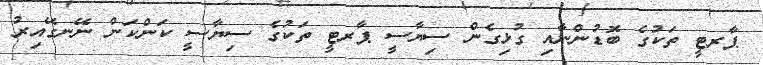
ޕާރޓީ ތަކުގެ ބޮޑުންނާއި ގުޅިގެން ސިޔާސީ ޕާރޓީ ތަކުގެ ސިޔާސީ ކަންކަން ނޭނގޭއިރު